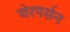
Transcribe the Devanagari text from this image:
चेरपर्सन